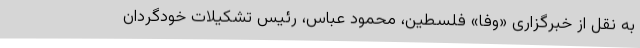
به نقل از خبرگزاری «وفا» فلسطین، محمود عباس، رئیس تشکیلات خودگردان